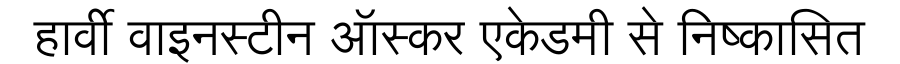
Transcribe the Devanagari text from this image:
हार्वी वाइनस्टीन ऑस्कर एकेडमी से निष्कासित